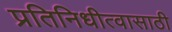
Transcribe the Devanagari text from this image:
प्रतिनिधीत्वासाठी